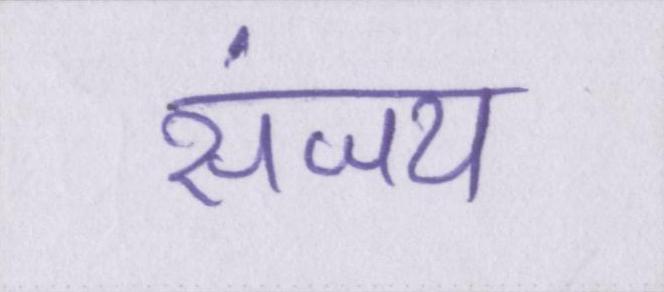
संजय